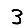
Digit: 3